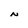
Character: N